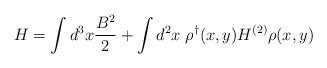
LaTeX: \begin{align*}H=\int d^3 x \frac {B^2} {2} + \int d^2 x \; \rho^{\dag}(x,y) H^{(2)} \rho(x,y)\end{align*}